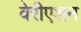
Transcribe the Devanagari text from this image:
वेरीएशन